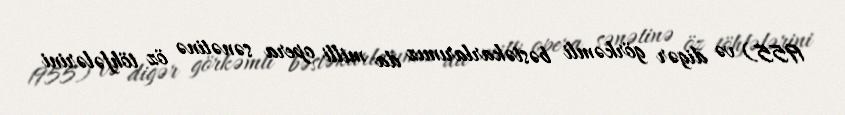
1955) və digər görkəmli bəstəkarlarımız da milli opera sənətinə öz töhfələrini